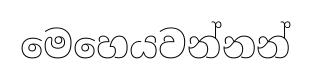
මෙහෙයවන්නන්